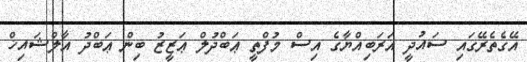
އޭގެތެރޭގައި ސައުދީ އަރަބިއްޔާގެ އިސް މުފްތީ ޢަބްދުލް ޢަޒީޒު ބިން ޢަބްދު އާލްޝައިޚް